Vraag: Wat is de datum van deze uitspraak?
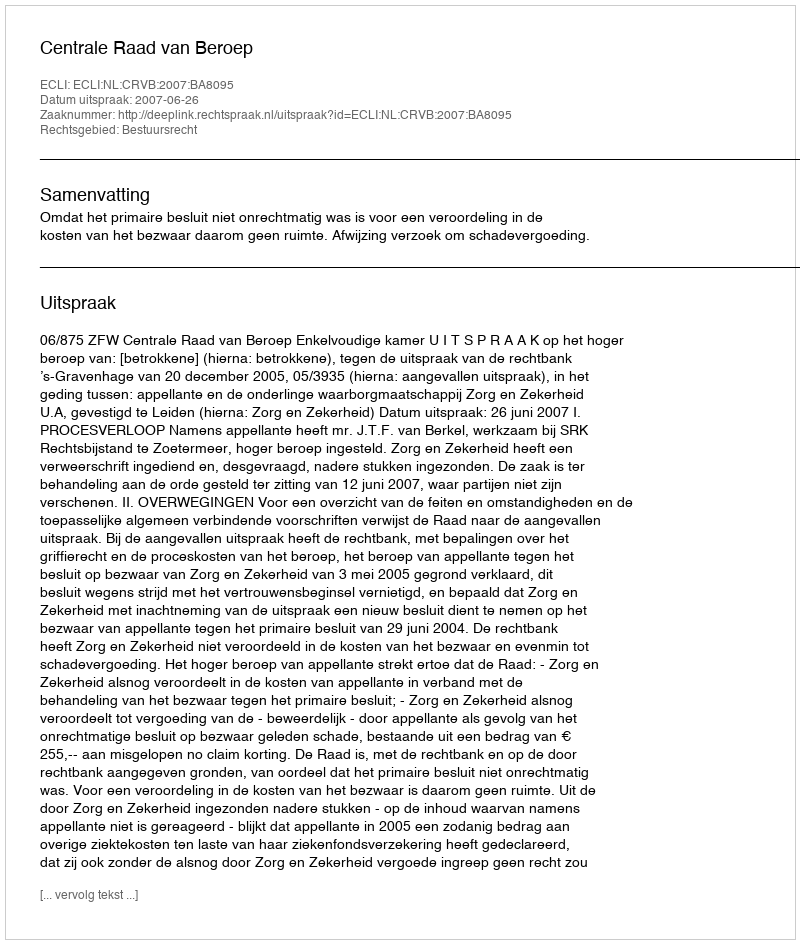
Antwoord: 2007-06-26